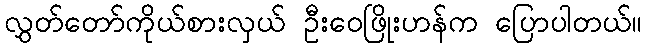
လွှတ်တော်ကိုယ်စားလှယ် ဦးဝေဖြိုးဟန်က ပြောပါတယ်။